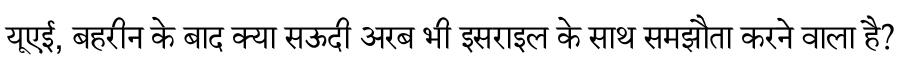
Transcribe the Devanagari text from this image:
यूएई, बहरीन के बाद क्या सऊदी अरब भी इसराइल के साथ समझौता करने वाला है?